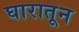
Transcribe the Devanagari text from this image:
घारातून